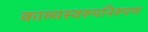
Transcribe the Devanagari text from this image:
काव्यस्वरूपनिरूपण